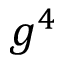
g ^ { 4 }